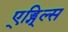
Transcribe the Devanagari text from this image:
ए्ड्गि्ल्स